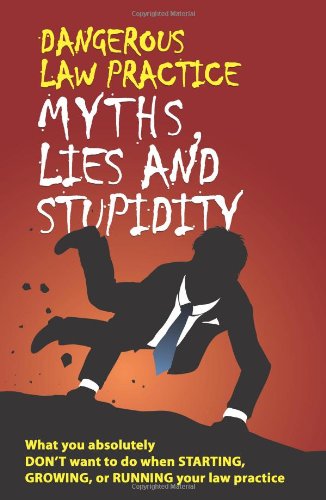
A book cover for Dangerous Law Practice Myths, Lies and Stupidity; Judd Kessler; Law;